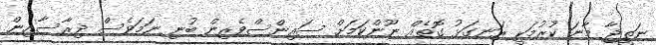
ނަތީޖާ މާނަ ކުރުމަކީ ރަނގަޅު ގޮތެއް ނޫންކަމަށް ސައިންސްވެރިން ބުނި ނަމަވެސް ދިރާސާއިން